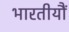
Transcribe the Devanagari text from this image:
भारतीयौं